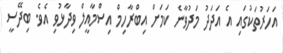
އަހަރުތަކުގައި އެ އަދަދު މަދުވާނެ ކަމަށް އިބްރާހިމް އިސްމާއީލް ވިދާޅުވި އެވެ. ބިދޭސީ